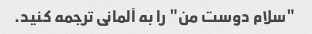
"سلام دوست من" را به آلمانی ترجمه کنید.